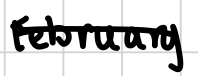
Text: February
Cross-out: mix
Writing tool: digital_black